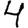
Digit: 4